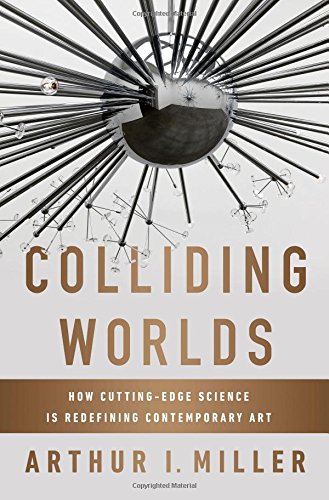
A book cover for Colliding Worlds: How Cutting-Edge Science Is Redefining Contemporary Art; Arthur I. Miller; Science & Math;